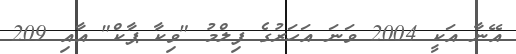
އޭނާ އަކީ 2004 ވަނަ އަހަރުގެ ފިލްމު "ވިކާ ޕާކް" އާއި 209